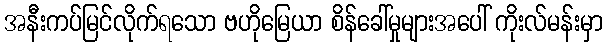
အနီးကပ်မြင်လိုက်ရသော ဗဟိုမြေယာ စိန်ခေါ်မှုများအပေါ် ကိုးလ်မန်းမှာ